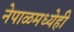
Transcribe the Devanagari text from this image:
नेपाळमध्येही